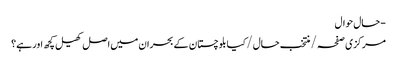
- حال حوال
مرکزی صفحہ / منتخب حال / کیا بلوچستان کے بحران میں اصل کھیل کچھ اور ہے؟